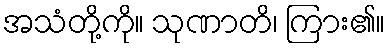
အသံတို့ကို။ သုဏာတိ၊ ကြား၏။